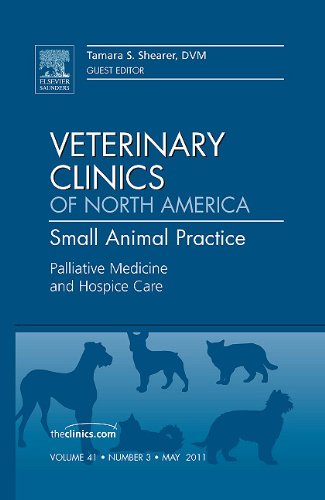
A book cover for Palliative Medicine and Hospice Care, An Issue of Veterinary Clinics: Small Animal Practice, 1e (The Clinics: Veterinary Medicine); Tami Shearer DVM; Self-Help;